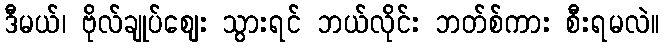
ဒီမယ်၊ ဗိုလ်ချုပ်ဈေး သွားရင် ဘယ်လိုင်း ဘတ်စ်ကား စီးရမလဲ။